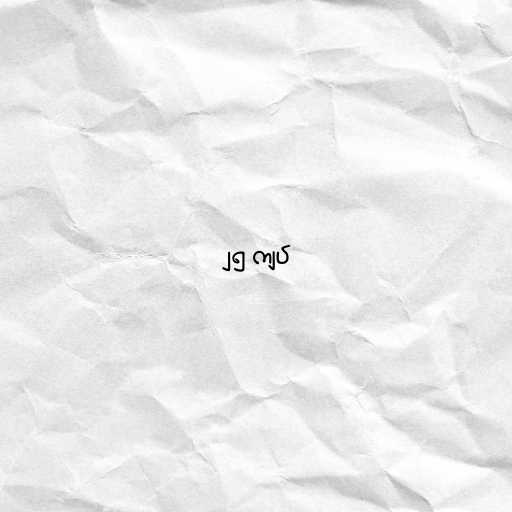
၂၅ ကျပ်